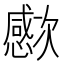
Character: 𣤮